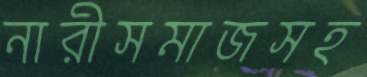
নারীসমাজসহ